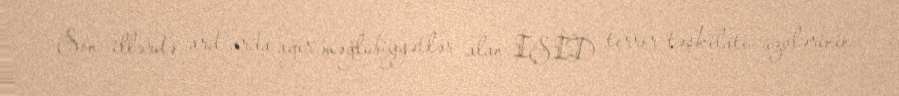
Son illərdə ard-arda ağır məğlubiyyətlər alan İŞİD terror təşkilatı üzvlərinin